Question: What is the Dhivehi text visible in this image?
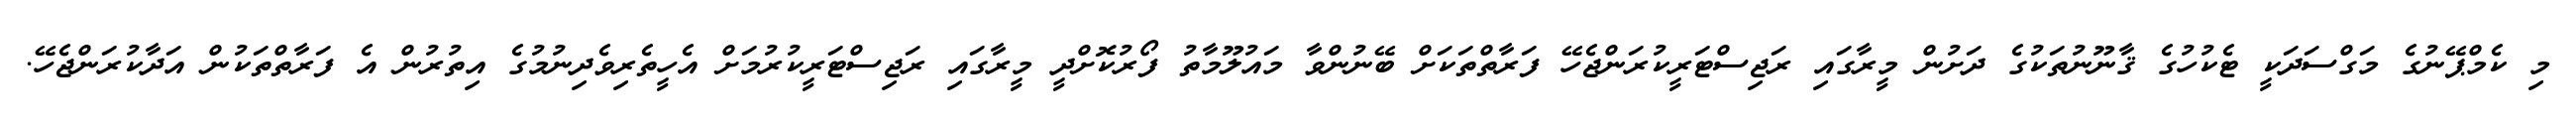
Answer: މި ކެމްޕޭނުގެ މަގްސަދަކީ ޓެކުހުގެ ޤާނޫނުތަކުގެ ދަށުން މީރާގައި ރަޖިސްޓަރީކުރަންޖެހޭ ފަރާތްތަކަށް ބޭނުންވާ މައުލޫމާތު ފޯރުކޮށްދީ މީރާގައި ރަޖިސްޓަރީކުރުމަށް އެހީތެރިވެދިނުމުގެ އިތުރުން އެ ފަރާތްތަކުން އަދާކުރަންޖެހޭ.